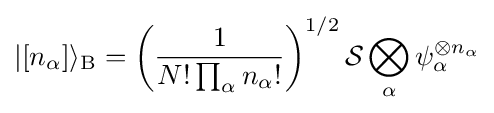
|[n_{\alpha }]\rangle _{\rm {B}}=\left({\frac {1}{N!\prod _{\alpha }n_{\alpha }!}}\right)^{1/2}{\mathcal {S}}\bigotimes \limits _{\alpha }\psi _{\alpha }^{\otimes n_{\alpha }}